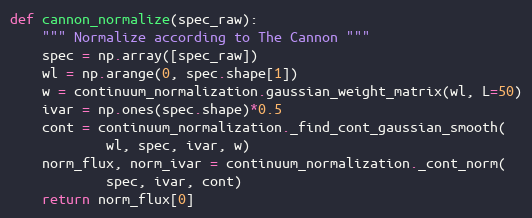
Language: Python
def cannon_normalize(spec_raw):
    """ Normalize according to The Cannon """
    spec = np.array([spec_raw])
    wl = np.arange(0, spec.shape[1])
    w = continuum_normalization.gaussian_weight_matrix(wl, L=50)
    ivar = np.ones(spec.shape)*0.5
    cont = continuum_normalization._find_cont_gaussian_smooth(
            wl, spec, ivar, w)
    norm_flux, norm_ivar = continuum_normalization._cont_norm(
            spec, ivar, cont)
    return norm_flux[0]